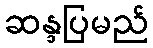
ဆန္ဒပြမည်